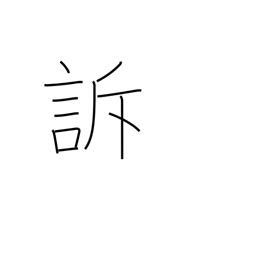
Meaning: complain of pain